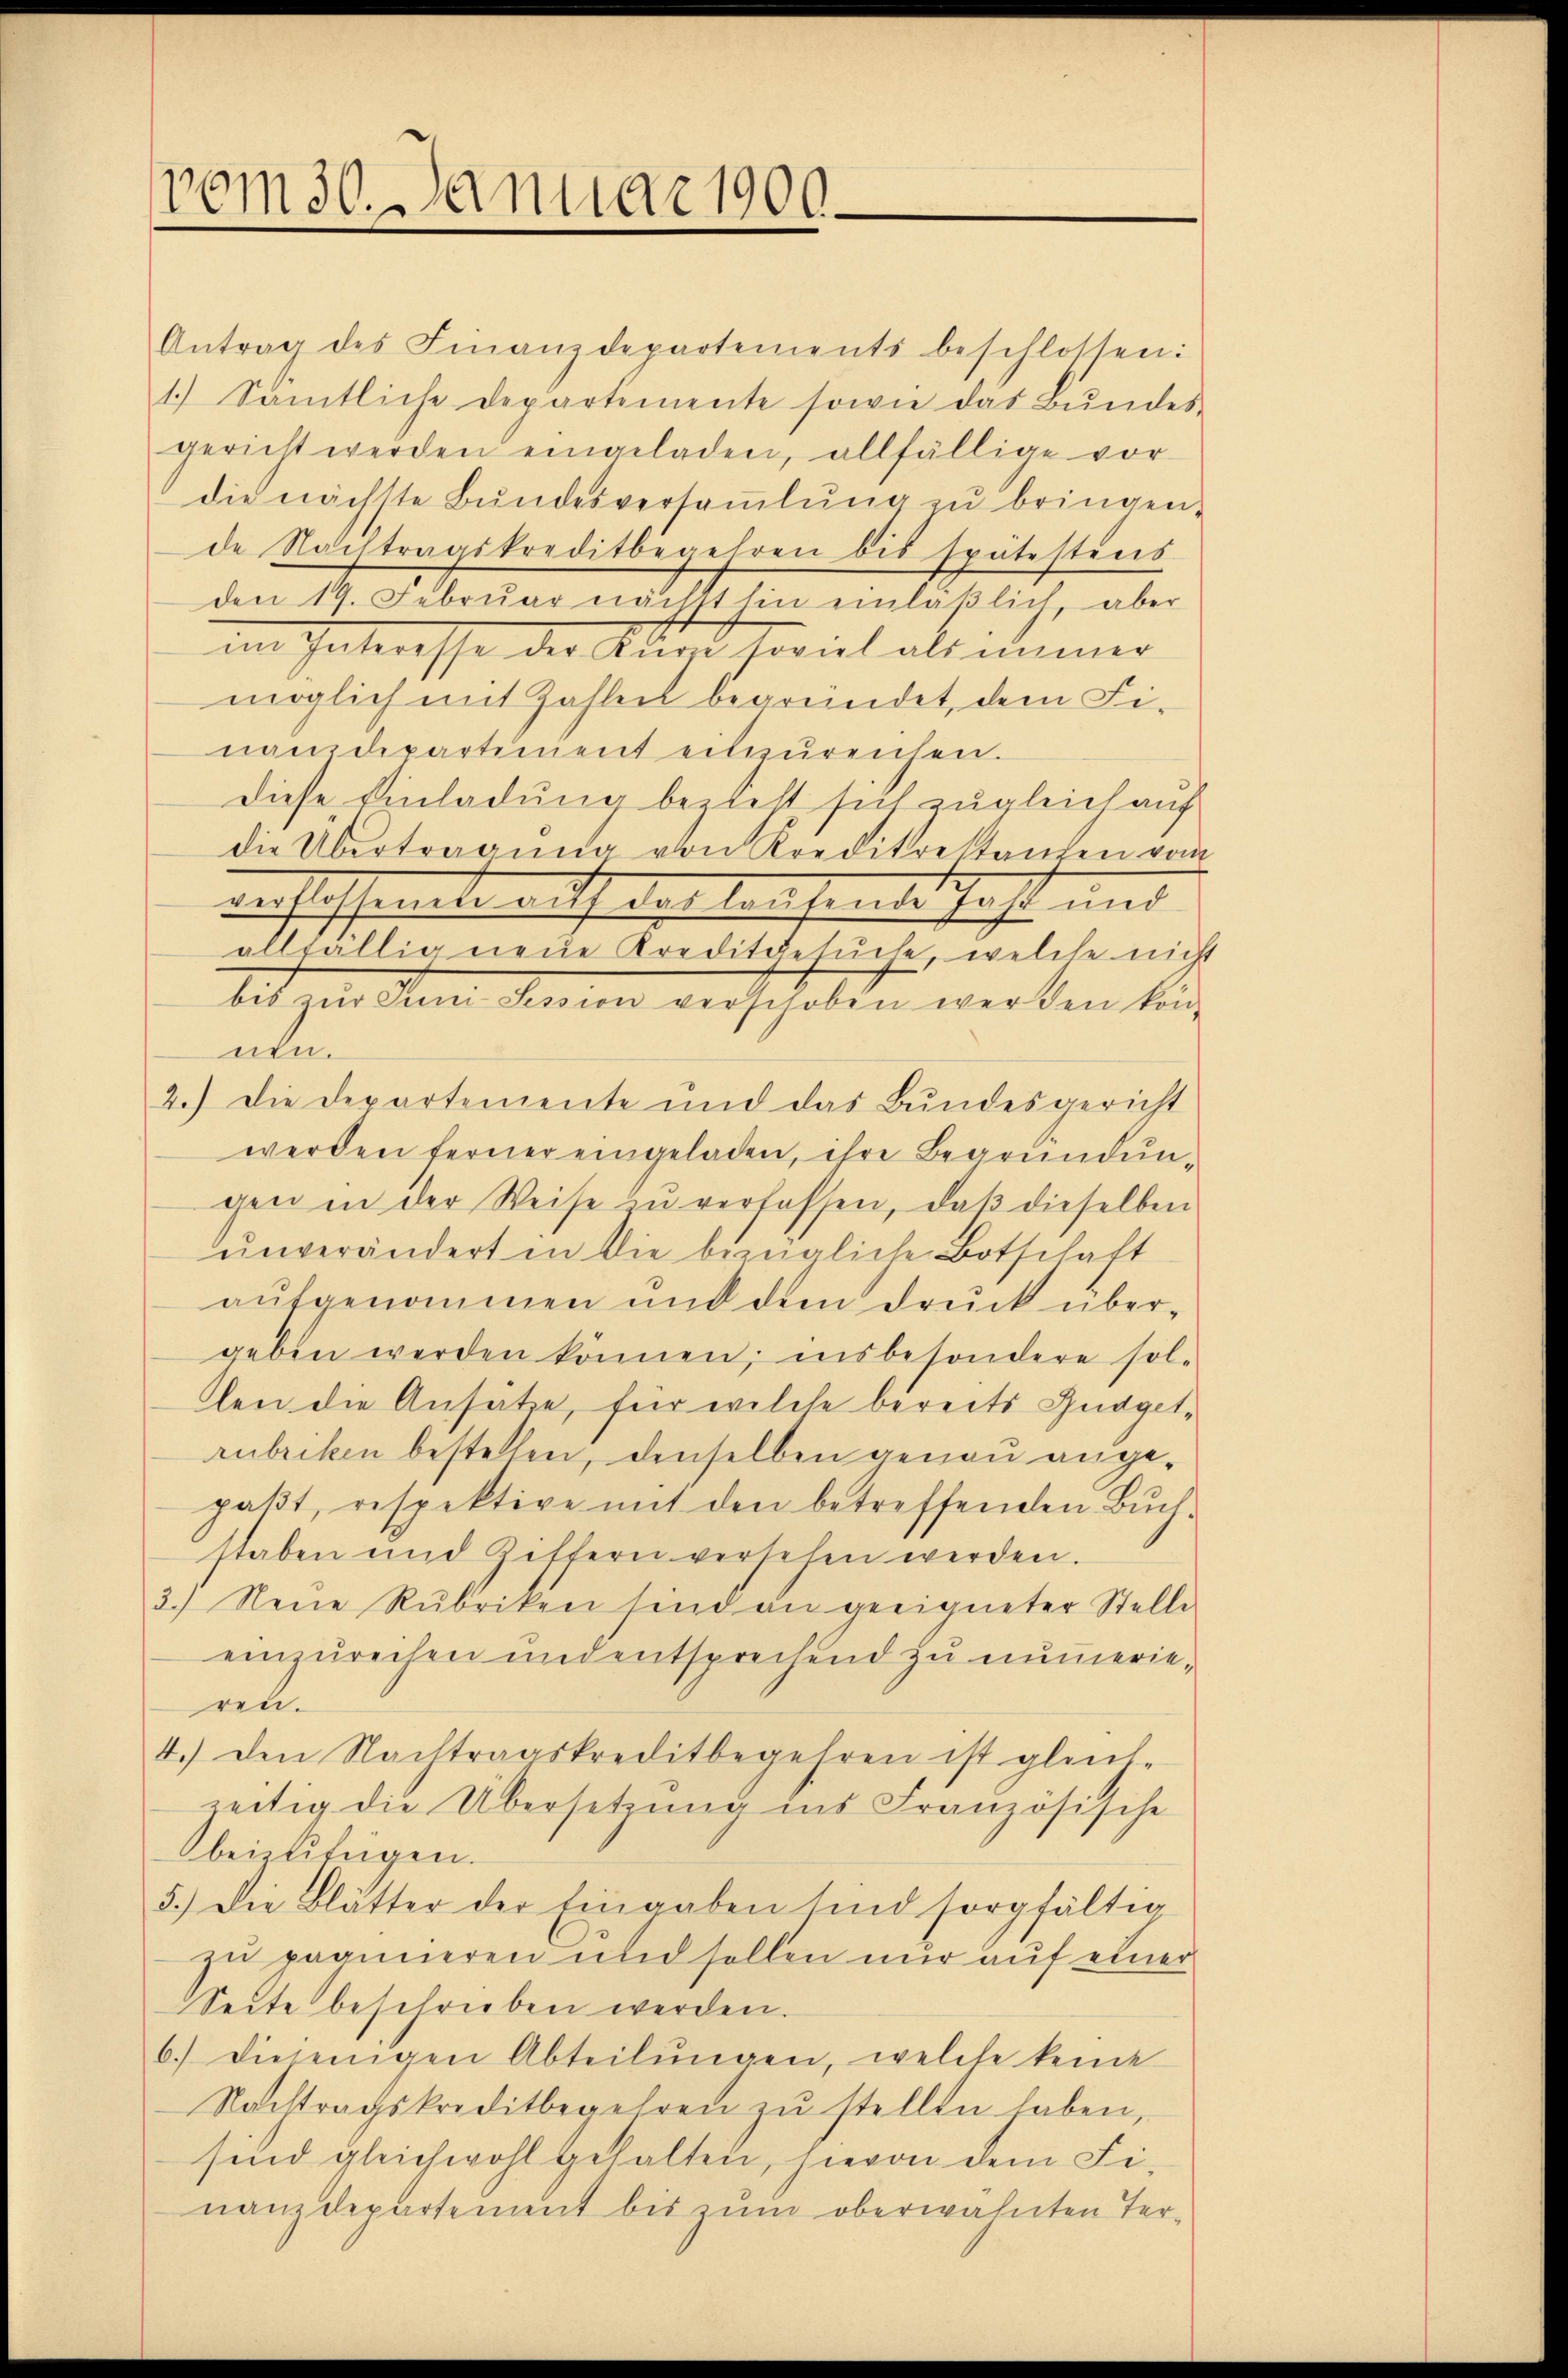
vom 30. Januar 1900

Antrag des Finanzdepartements beschlossen:
1.) Sämtliche Departemente sowie das Bŭndes-
gericht werden eingeladen, allfällige vor
die nächste Bŭndesversaṁlŭng zŭ bringen.
de Nachtragskreditbegehren bis spätestens
den 14. Februar nachts hin einläßlich, aber
im Interesse der Auge soviel als immer
möglich mit Zahlen begründet, dem Fi-
namdepartinient eilzŭreichen.
diese Einladung bezieht sich zugleich auf
die Übertragung von Kreditre stanzen vom
verstossente auf des lesende fast und
allfällig neue Kreditgesuche, welche nicht
bis zŭr Juni Session verschoben werden kon
nen.
2.) Die Departemente und das Bundesgericht
werden ferner eingeladen, ihre Begründungen in der Weise zu verfassen, daβ dieselben
unverändert in die bezügliche Botschaft
aufgenommen und dem Druck übergeben werden können; insbesondere sol-
len die Ansätze, für welche bereits Budgetrubriken bestellen, denselben genau angepaßt, respektive mit den betreffenden Buchstaben und Ziffern versehen werden.
3.) Neue Rubriken sind an geeigneter Stelle
einzurechen und entsprechend zu numerieren.
4.) Den Nachtragskreditbegehren ist gleich-
zeitig die Übersetzŭng ins Französische
beizufügen.
5.) Die Blätter der Eingaben sind sorgfältig
zu paanneren und sollen nur auf einer
Seite beschrieben werden.
6.) Diejenigen Abteilŭngen, welche keine
Nachtragskreditbegehren zŭ stellen haben,
sind gleichwohl gehalten, hievon dem Fi-
nanzdepartement bis zum oberwähnten Ter¬